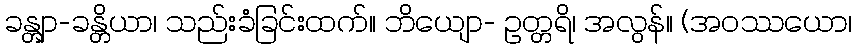
ခန္တျာ-ခန္တိယာ၊ သည်းခံခြင်းထက်။ ဘိယျော- ဥတ္တရိ၊ အလွန်။ (အဝဿယော၊